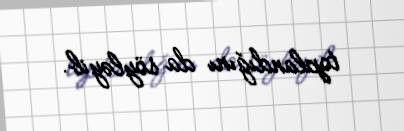
toplandığını da söyləyib.